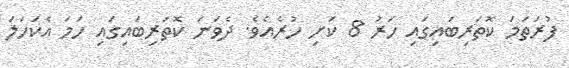
ފުރަތަމަ ކޮތަރިބައިގައި ހަރު 8 ކަށި ހުރެއެވެ. ދެވަނަ ކޮތަރިބައިގައި ހަމަ އެކަހަލަ